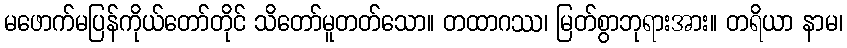
မဖောက်မပြန်ကိုယ်တော်တိုင် သိတော်မူတတ်သော။ တထာဂဿ၊ မြတ်စွာဘုရားအား။ တရိယာ နာမ၊